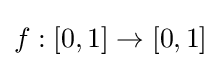
f:[0,1]\to \mathbb {[} 0,1]